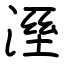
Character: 溼